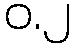
ဝ.၂